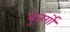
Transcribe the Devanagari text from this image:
बुज़र्गो